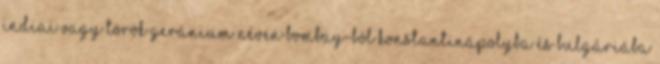
indiai vagy török geránium néven Bombay-ból Konstantinápolyba és Bulgáriába